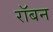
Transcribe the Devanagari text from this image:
रॉबन